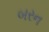
બરન